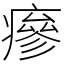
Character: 瘮